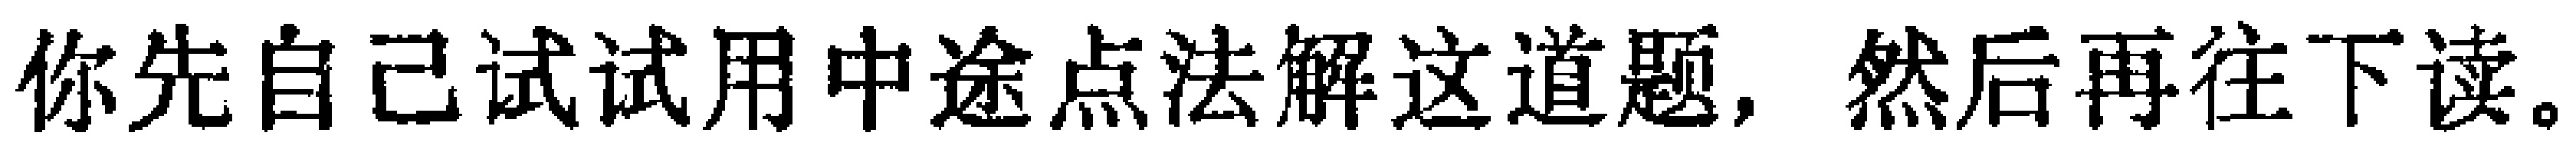
你先自己试试用中途点法解这道题，然后再往下读。